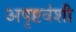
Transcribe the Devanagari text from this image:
अपृष्टवंशी